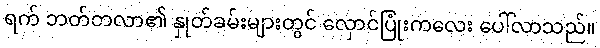
ရက် ဘတ်တလာ၏ နှုတ်ခမ်းများတွင် လှောင်ပြုံးကလေး ပေါ်လာသည်။